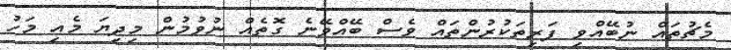
މެޗުތައް ނުބޭއްވި ފަރިތަކުރުންތައް ވެސް ބޭއްވޭނެ ގޮތެއް ނުވުމުން މިދިޔަ މެއި މަހު